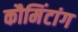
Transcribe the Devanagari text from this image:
कौमिंटांग